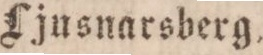
Ljusnarsberg.